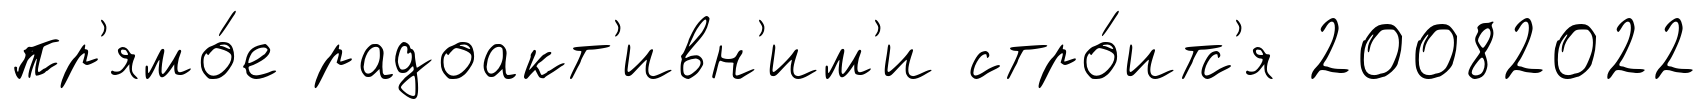
пр'ямо́е радоакт'ивн'им'и стро́итс'я 20082022